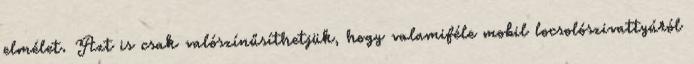
elmélet. Azt is csak valószínűsíthetjük, hogy valamiféle mobil locsolószivattyúról